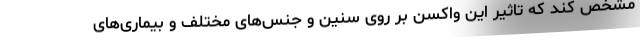
مشخص کند که تاثیر این واکسن بر روی سنین و جنس‌های مختلف و بیماری‌های